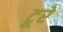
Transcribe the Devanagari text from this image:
टूरे